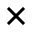
\times